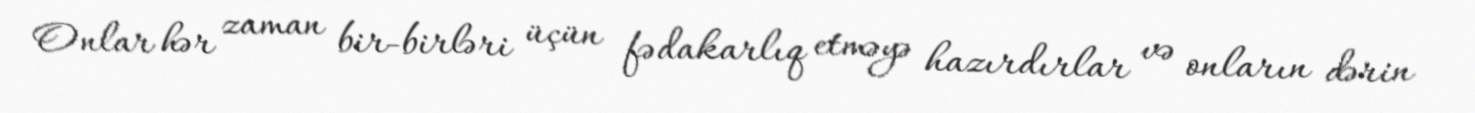
Onlar hər zaman bir-birləri üçün fədakarlıq etməyə hazırdırlar və onların dərin